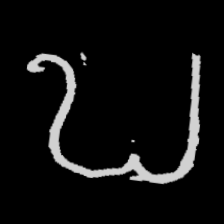
Pyu character \u2014 Myanmar letter: ဎ (romanized: ddha)